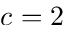
c = 2